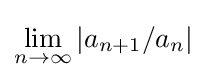
\lim _{n\to \infty }|a_{n+1}/a_{n}|